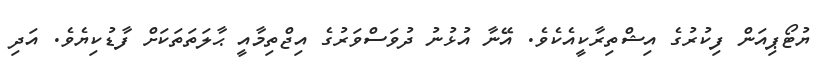
ޔުޓޯޕިއަން ފިކުރުގެ އިޝްތިރާކީއެކެވެ. އޭނާ އުޅުނު ދުވަސްވަރުގެ އިޖްތިމާއީ ޙާލަތަތަކަށް ފާޑުކިޔެވެ. އަދި